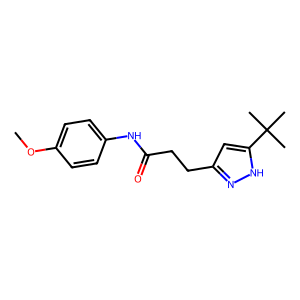
SMILES: COc1ccc(NC(=O)CCc2cc(C(C)(C)C)[nH]n2)cc1
Inhibits HIV replication: No